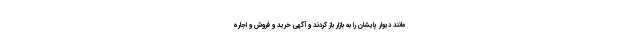
مانند دیوار پایشان را به بازار باز کردند و آگهی خرید و فروش و اجاره